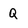
Character: Q